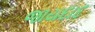
જાયદાદ